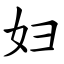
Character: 妇